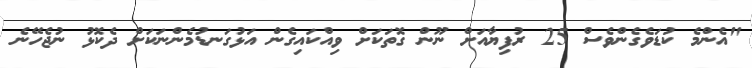
"އެންމެ ކުޑަވެގެންވެސް 25 ރުފިޔާއަށް ނޫން ގޮތަކަށް ވިއްކައިގެން އަޅުގަނޑުމެންނަކަށް ދެކޮޅު ނުޖެހޭނެ